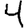
Digit: 4